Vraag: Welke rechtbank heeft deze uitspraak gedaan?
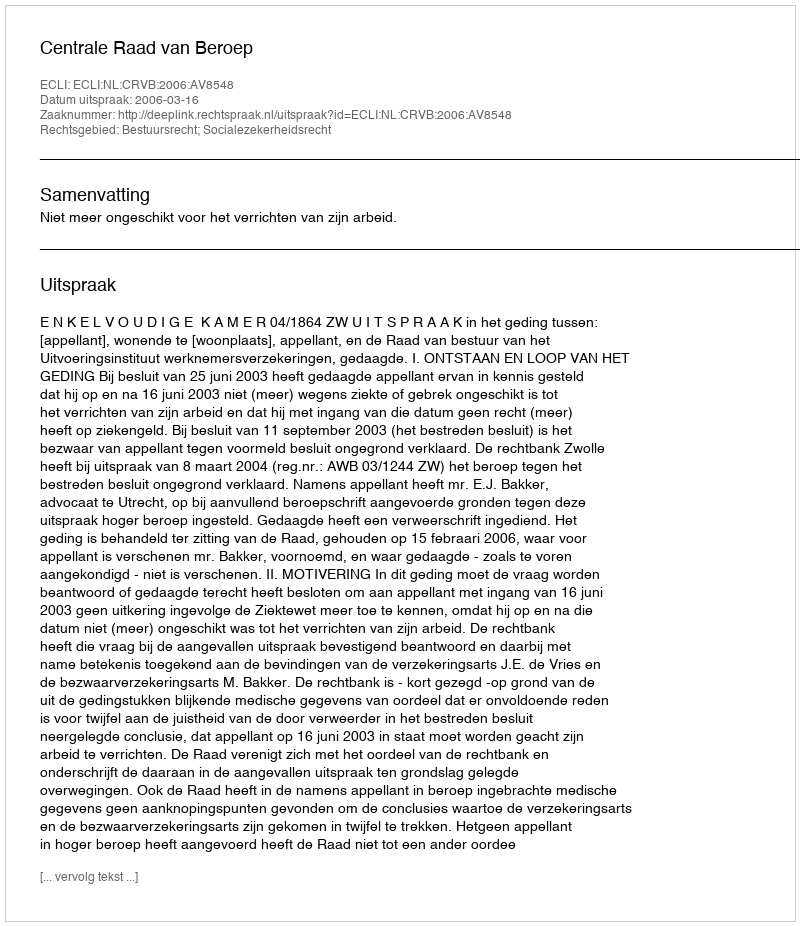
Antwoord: Centrale Raad van Beroep